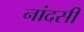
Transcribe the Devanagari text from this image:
नांदसी